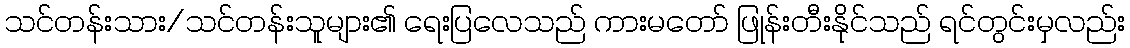
သင်တန်းသား/သင်တန်းသူများ၏ ရေးပြလေသည် ကားမတော် ဖြုန်းတီးနိုင်သည် ရင်တွင်းမှလည်း